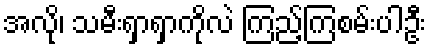
အလို၊ သမီးရှာရှာကိုလဲ ကြည့်ကြစမ်းပါဦး